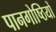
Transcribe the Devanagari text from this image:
पानगोष्ठियों